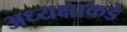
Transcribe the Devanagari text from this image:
अध्यक्षाकडे